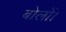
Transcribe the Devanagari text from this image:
बोलों।